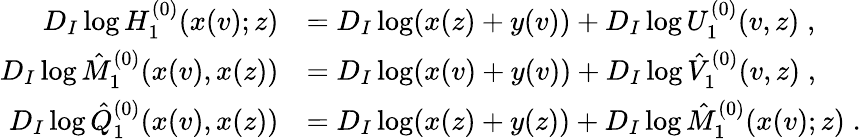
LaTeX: \begin{array}{rl}{D_{I}\log H_{1}^{(0)}(x(v);z)}&{=D_{I}\log(x(z)+y(v))+D_{I}\log U_{1}^{(0)}(v,z)\; ,}\\ {D_{I}\log\hat{M}_{1}^{(0)}(x(v),x(z))}&{=D_{I}\log(x(v)+y(v))+D_{I}\log\hat{V}_{1}^{(0)}(v,z)\; ,}\\ {D_{I}\log\hat{Q}_{1}^{(0)}(x(v),x(z))}&{=D_{I}\log(x(z)+y(z))+D_{I}\log\hat{M}_{1}^{(0)}(x(v);z)\; .}\end{array}